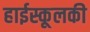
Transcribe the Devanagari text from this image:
हाईस्कूलकी